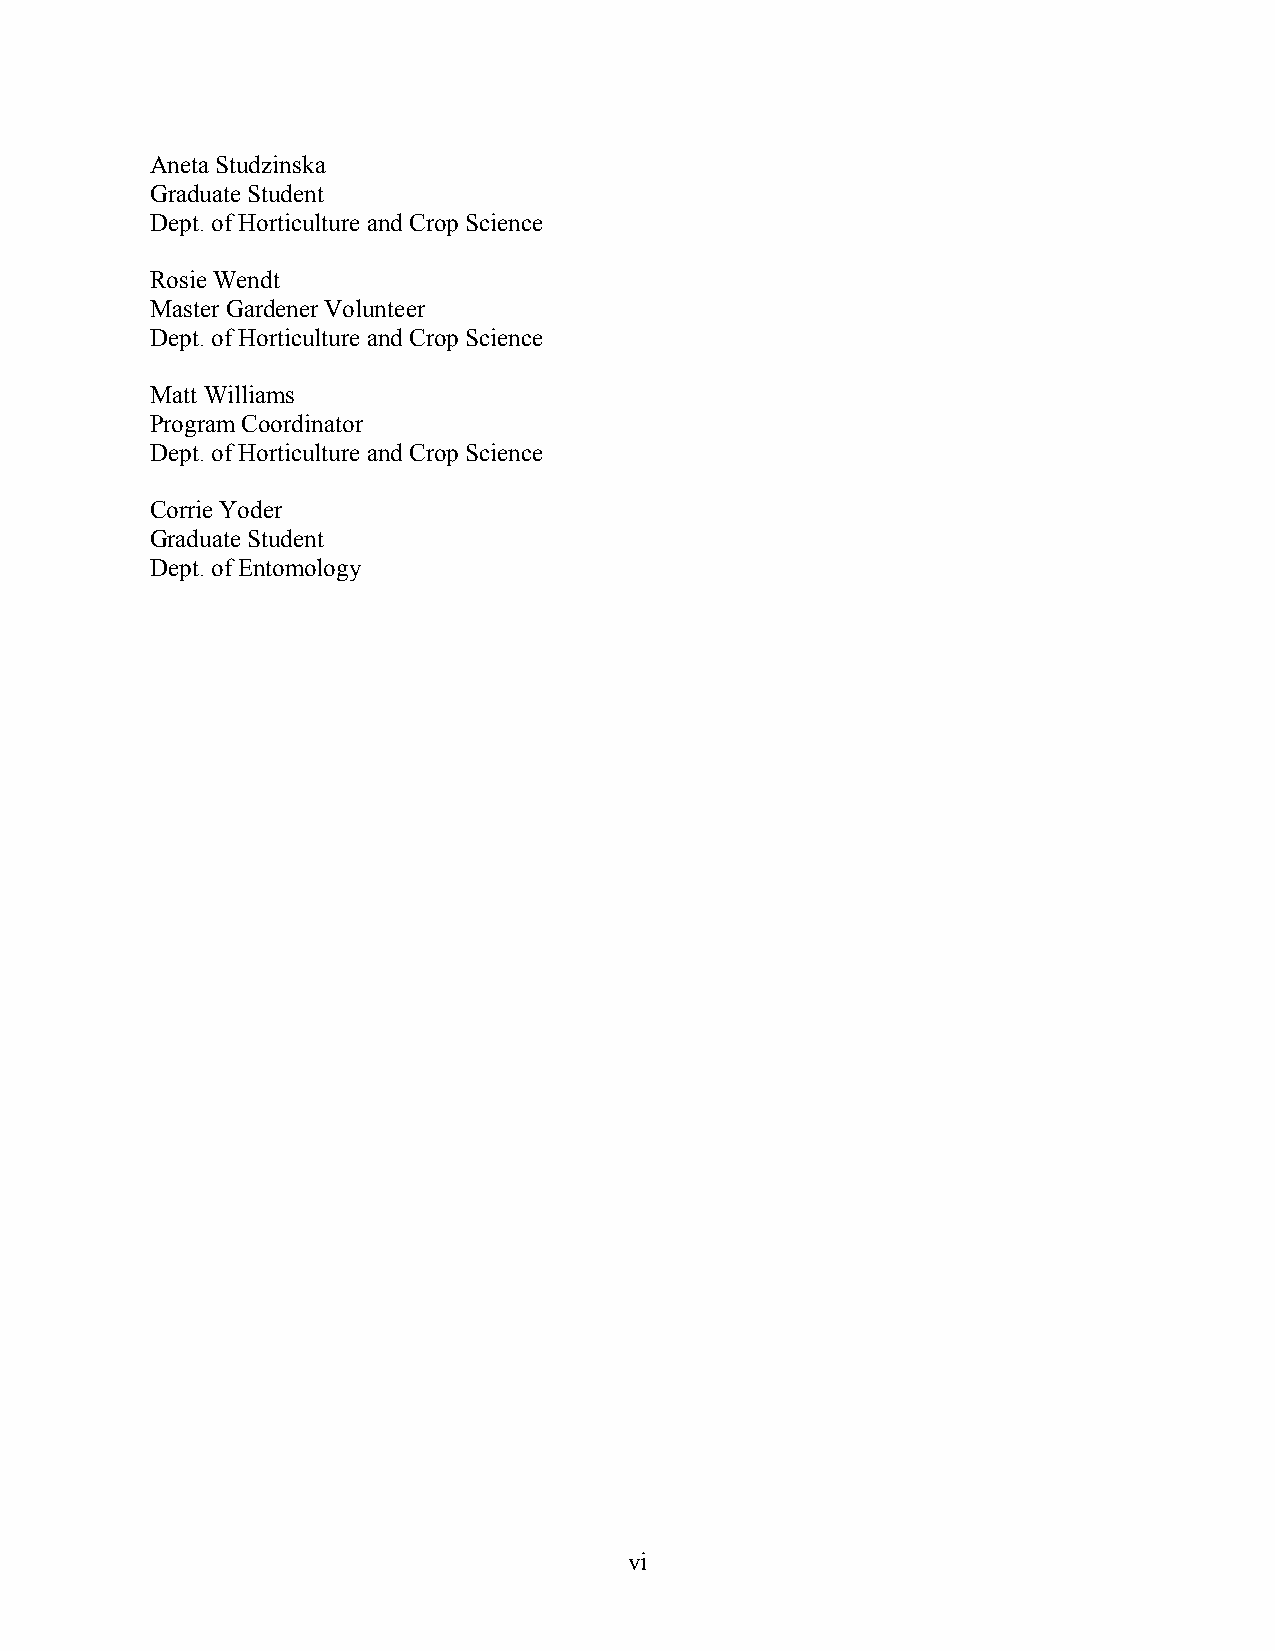
Aneta Studzinska
 Graduate Student
 Dept. of Horticulture and Crop Science
 Rosie Wendt
 Master Gardener Volunteer
 Dept. of Horticulture and Crop Science
 Matt Williams
 Program Coordinator
 Dept. of Horticulture and Crop Science
 Corrie Yoder
 Graduate Student
 Dept. of Entomology
 vi